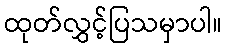
ထုတ်လွှင့်ပြသမှာပါ။